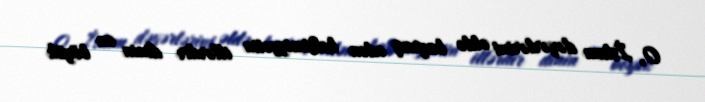
O, İslam dəyərlərini əldə bayraq edən hakimiyyətin illərdir dinin ən böyük